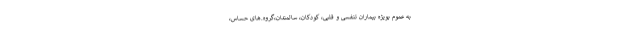
به عموم بویژه بیماران تنفسی و قلبی، کودکان، سالمندان،گروه.های حساس،